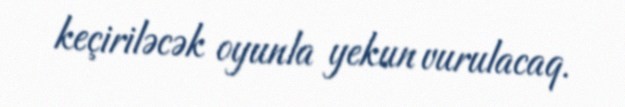
keçiriləcək oyunla yekun vurulacaq.